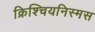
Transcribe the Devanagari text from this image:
क्रिश्चियनिस्मस